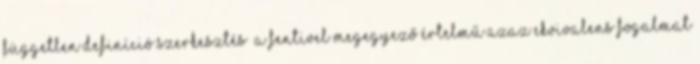
független definíció szerkesztés A fentivel megegyező értelmű azaz ekvivalens fogalmat